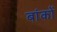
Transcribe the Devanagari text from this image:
बांकों